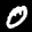
Label: 0